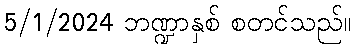
5/1/2024 ဘဏ္ဍာနှစ် စတင်သည်။